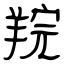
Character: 羦